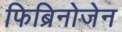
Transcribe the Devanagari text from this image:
फिब्रिनोजेन